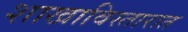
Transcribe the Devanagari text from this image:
शाखाविस्तारात